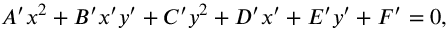
A ^ { \prime } x ^ { 2 } + B ^ { \prime } x ^ { \prime } y ^ { \prime } + C ^ { \prime } y ^ { 2 } + D ^ { \prime } x ^ { \prime } + E ^ { \prime } y ^ { \prime } + F ^ { \prime } = 0 ,